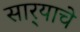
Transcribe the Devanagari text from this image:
सार्‍याचे